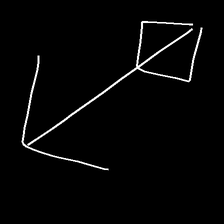
Glyph: focus